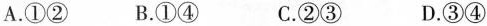
A. ① ② B. ① ④ C. ② ③ D. ③ ④